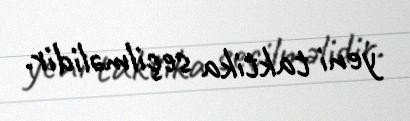
yeni taktika seçilməlidir.